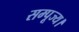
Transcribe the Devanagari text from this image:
सम्पूज्य।